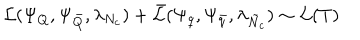
{ \cal L } ( \Psi _ { Q } , \Psi _ { \bar { Q } } , \lambda _ { N _ { c } } ) + \bar { { \cal L } } ( \Psi _ { q } , \Psi _ { \bar { q } } , \lambda _ { \tilde { N } _ { c } } ) \sim { \cal L } ( T )